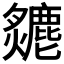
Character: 𤒣